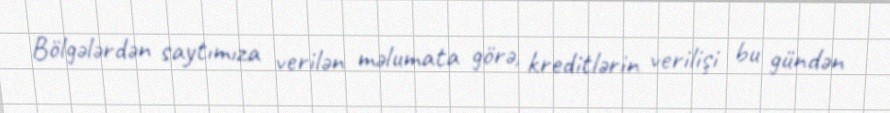
Bölgələrdən saytımıza verilən məlumata görə, kreditlərin verilişi bu gündən